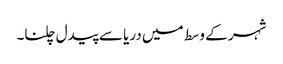
شہر کے وسط میں دریا سے پیدل چلنا۔